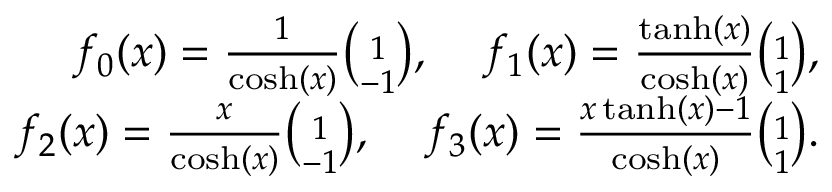
\begin{array} { r l r } & { } & { f _ { 0 } ( x ) = \frac { 1 } { \cosh ( x ) } { \binom { 1 } { - 1 } } , \; \; \; \; f _ { 1 } ( x ) = \frac { \operatorname { t a n h } ( x ) } { \cosh ( x ) } { \binom { 1 } { 1 } } , } \\ & { } & { f _ { 2 } ( x ) = \frac { x } { \cosh ( x ) } { \binom { 1 } { - 1 } } , \; \; \; \; f _ { 3 } ( x ) = \frac { x \operatorname { t a n h } ( x ) - 1 } { \cosh ( x ) } { \binom { 1 } { 1 } } . } \end{array}